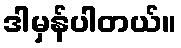
ဒါမှန်ပါတယ်။